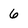
Character: 6